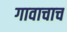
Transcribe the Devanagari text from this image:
गावाचाच